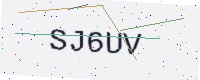
Text: SJ6UV